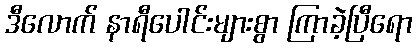
ဒီလောက် နာရီပေါင်းများစွာ ကြာခဲ့ပြီရော